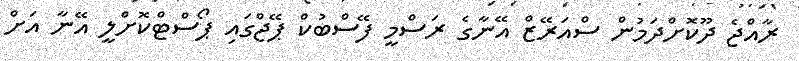
ރާއްޖެ ދޫކޮށްދަމުން ސްއަރޭޒް އޭނާގެ ރަސްމީ ފޭސްބުކް ޕޭޖްގައި ޕޯސްޓްކޮށްލީ އޭނާ އަށް